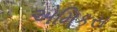
એમિકસ